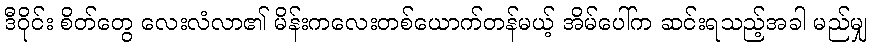
ဒီဝိုင်း စိတ်တွေ လေးလံလာ၏ မိန်းကလေးတစ်ယောက်တန်မယ့် အိမ်ပေါ်က ဆင်းရသည့်အခါ မည်မျှ